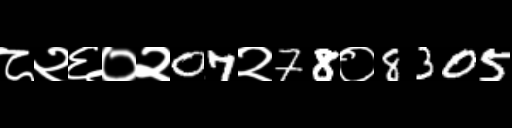
Text: ८२६०२07२78०8305